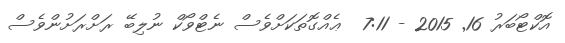
އޮކްޓޯބަރު 16